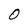
Character: O